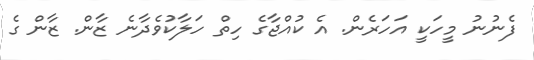
ފެނުނު މީހަކީ އަހަރެން. އެ ކުއްޖާގެ ހިތް ހަލާކުވެދާނެ ޒާން. ޒާން ގެ